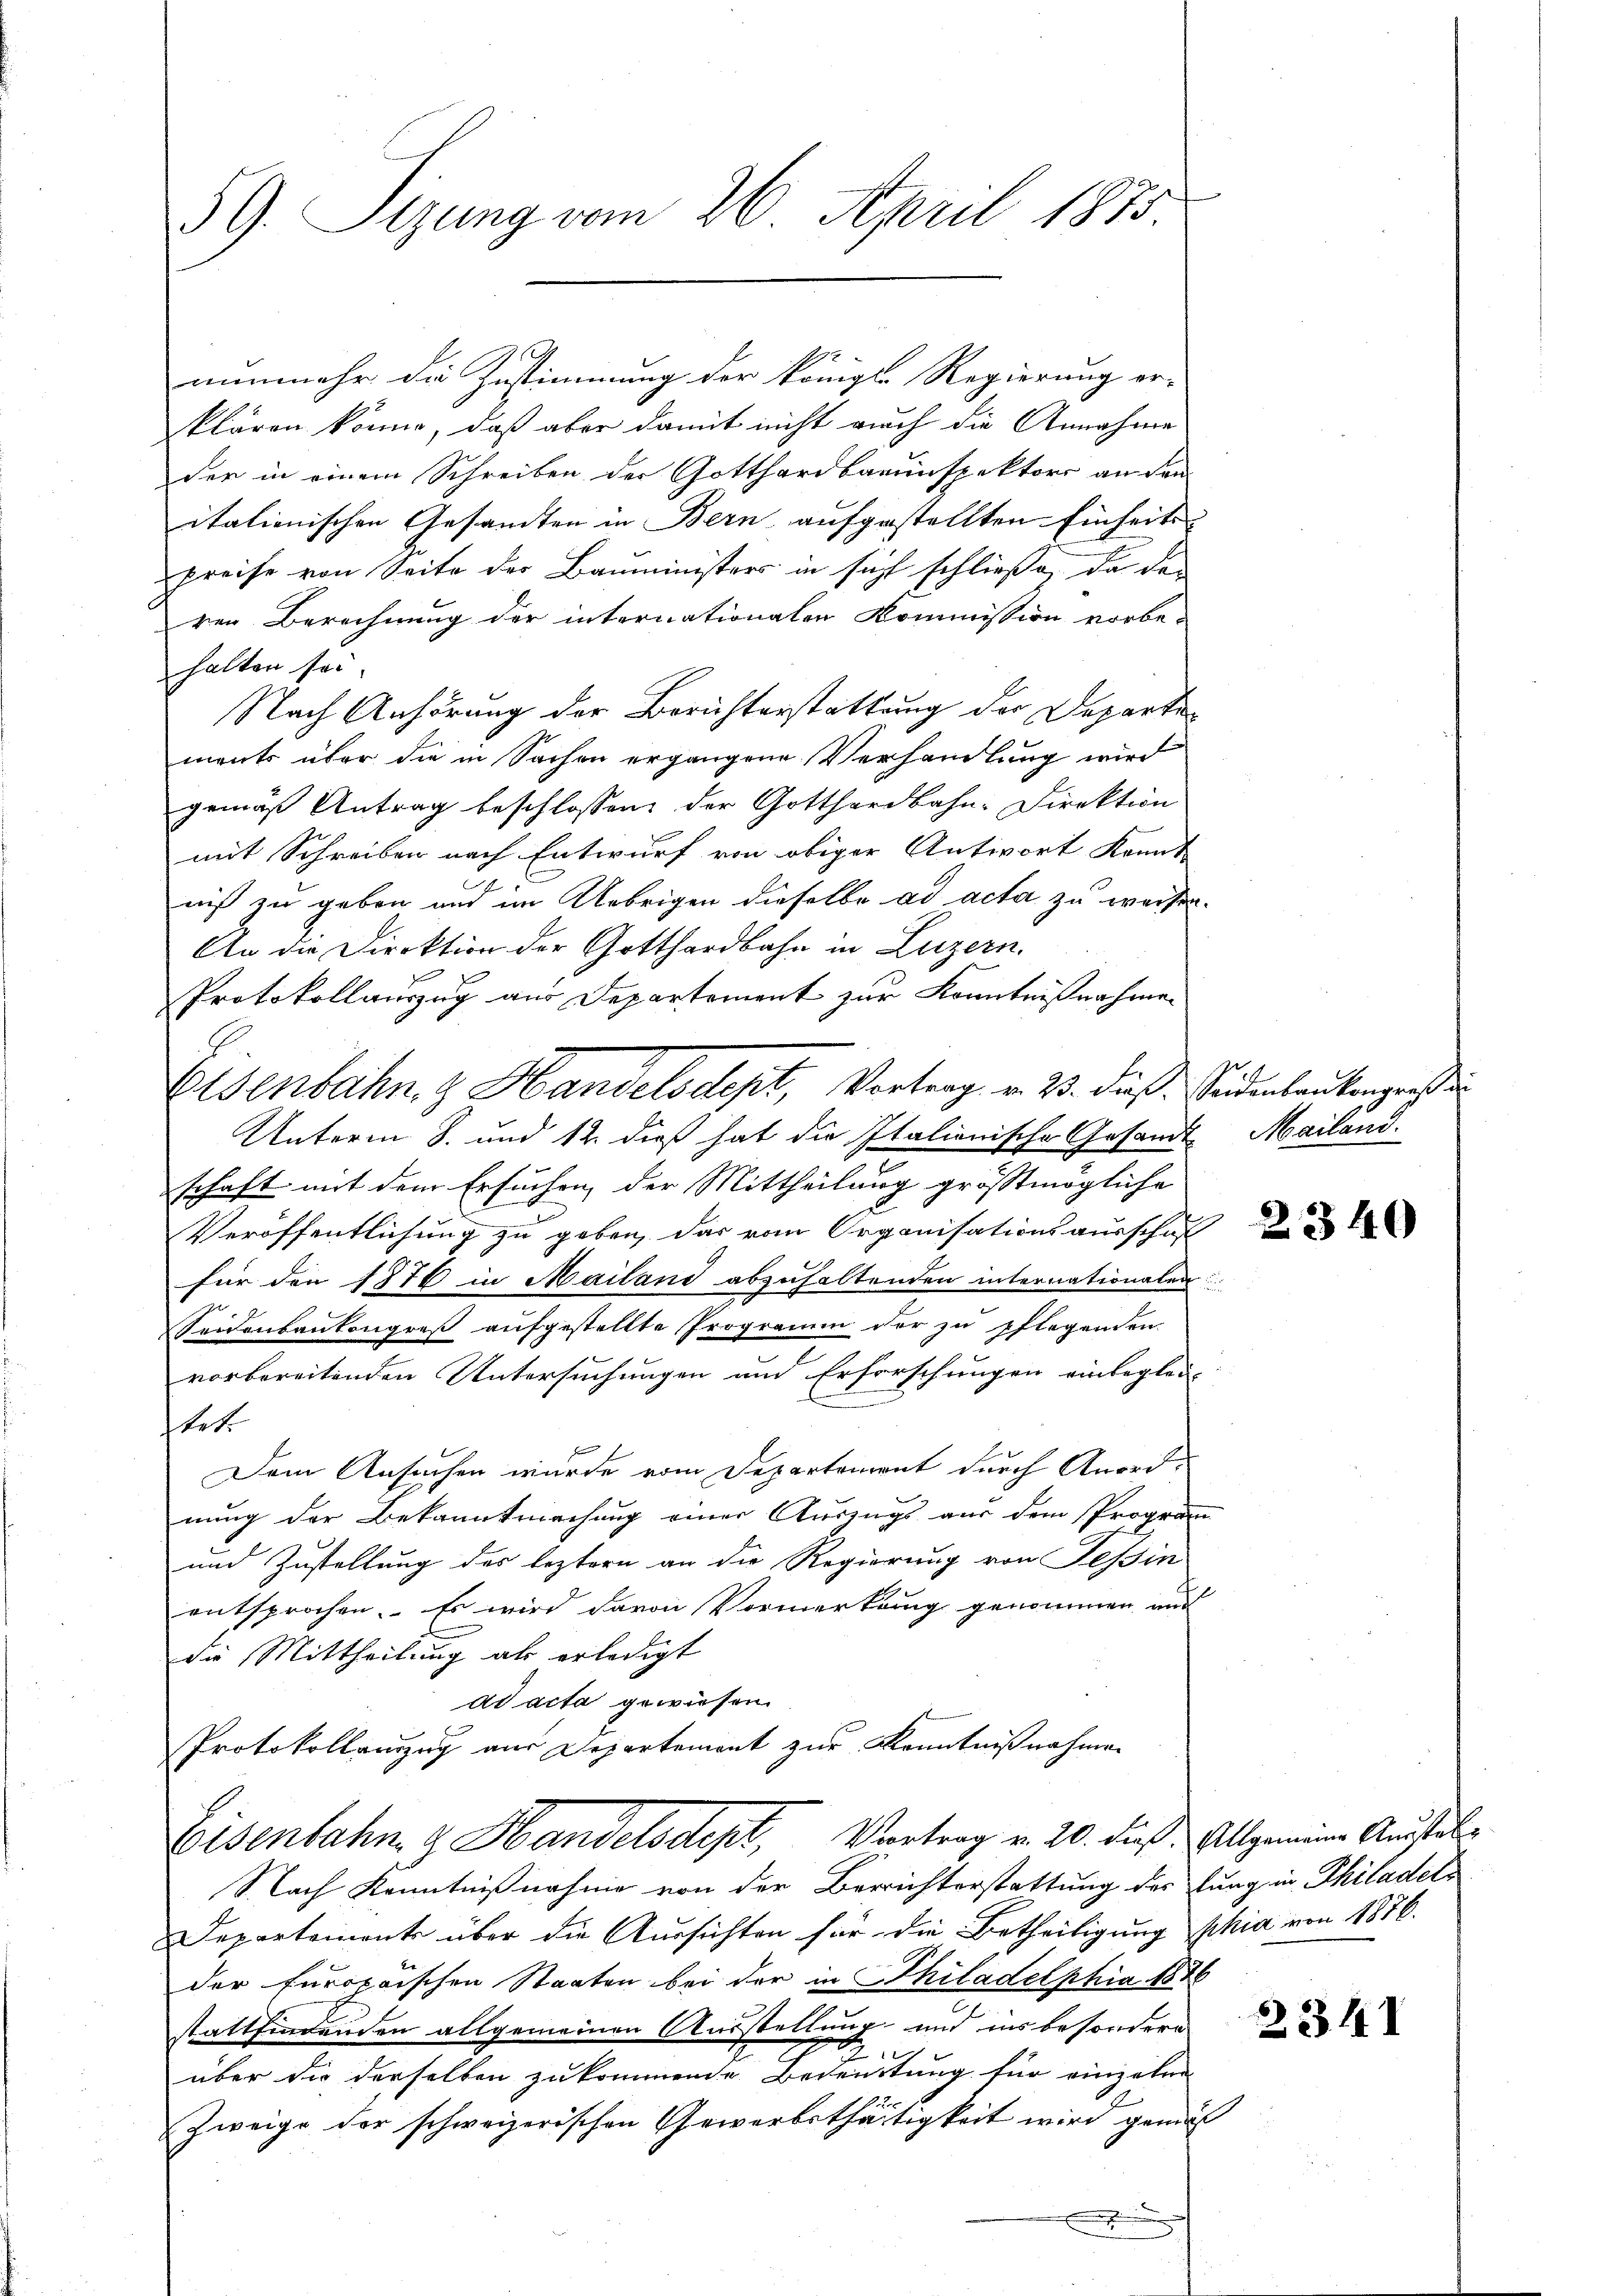
59. Sizung vom 26. April 1875

nunmehr die Zustimmung der Königl. Regierung er-
klären könne, daß aber damit nicht auch die Annahme
der in einem Schreiben der Gotthardbauinspektors an den
itationischen Gesandten in Bern aufgestellten Einheits-
Preise von Seite der Bauministers in sich schließe, da da
ren Berechnung der internationalen Kommission vorbe-
halten sei.
Nach Anhörung der Berichterstattung der Departements über die in Sachen ergangene Verhandlung wird
gemäß Antrag beschlossen, der Gotthardbahn-Direktion
mit Schreiben nach Entwurf von obiger Antwort kannt
niß zu geben und im Uebrigen dieselbe ad acta zu weisen.
An die Direktion der Gotthardbahn in Luzern.
Protokollauszug aus Departement zur Kenntnißnahmen
Unterm 8. und 12. dieß hat die Italionische Gesandt Mailand.
schaft mit dem Ersuchen, der Mittheilung größtmögliche
Veröffentlichung zu geben, das vom Organisationsausschaf
für den 1876 in Mailand abzuhaltenden internationalen
Seidenbankongreß aufgestellte Programm der zu pflegenden
vorbereitenden Untersuchungen und Erforschungen einbeglei
tet.
Dem Ansuchen wurde vom Departement durch Anord-
nung der Bekanntmachung einer Auszugs aus dem Program
und Zustellung des leztern an die Regierung von Tessin
entsprochen. Es wird davon Vormerkung genommen und
die Mittheilung als erledigt
ad acta gewiesen.
Protokollauszug aus Departement zur Kenntnißnahmen
Eisenbahn g Handelsdept, Vertrag v. 20. dieß. Allgemeine Ausstel¬
Nach Kenntnißnahme von der Berichterstattung des lung in Philadel¬
Departemente über die Aussichten für die Betheiligung phia von 1876.
der Europaischen Staaten bei der in Philadelphia 1886
stattfindenden allgemeinen Ausstellung und ins besondern
2
über die derselben zukommende Bedeutung für einzelne
Zweige der schweizerischen Gewerbsthätigkeit wird gemäß
.
.

Elsenbahn & Handelsdept, Vortrag v. 23. dieß Seidenlaubengest

2340

2314